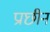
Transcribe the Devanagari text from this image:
प्राछीन